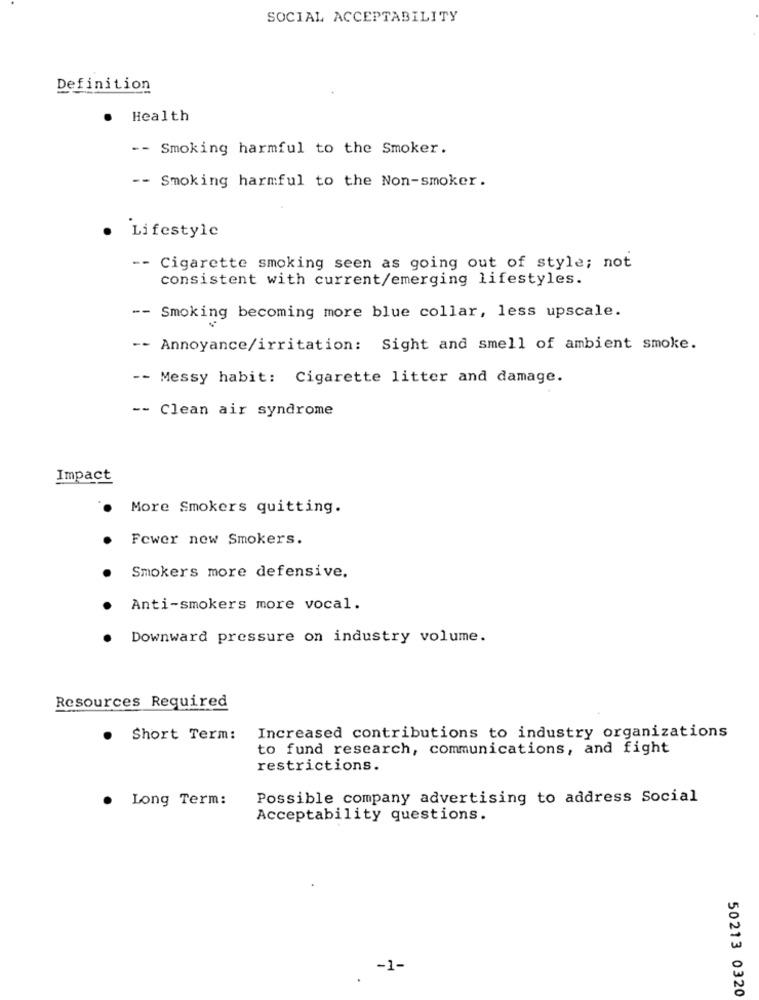
SOCIAL ACCEPTABILITY
Definition
. Health
-- Smoking harmful to the Smoker.
-- Smoking harmful to the Non-smoker.
Lifestyle
- Cigarette smoking seen as going out of style; not
consistent with current/emerging lifestyles.
-- Smoking becoming more blue collar, less upscale.
-- Annoyance/irritation: Sight and smell of ambient smoke.
-- Messy habit: Cigarette litter and damage.
-- Clean air syndrome
Impact
More Smokers quitting.
Fewer new Smokers.
Smokers more defensive.
Anti-smokers more vocal.
Downward pressure on industry volume.
Resources Required
.
Short Term:
Increased contributions to industry organizations
to fund research, communications, and fight
restrictions.
Long Term:
Possible company advertising to address Social
Acceptability questions.
-1-
50213 0320